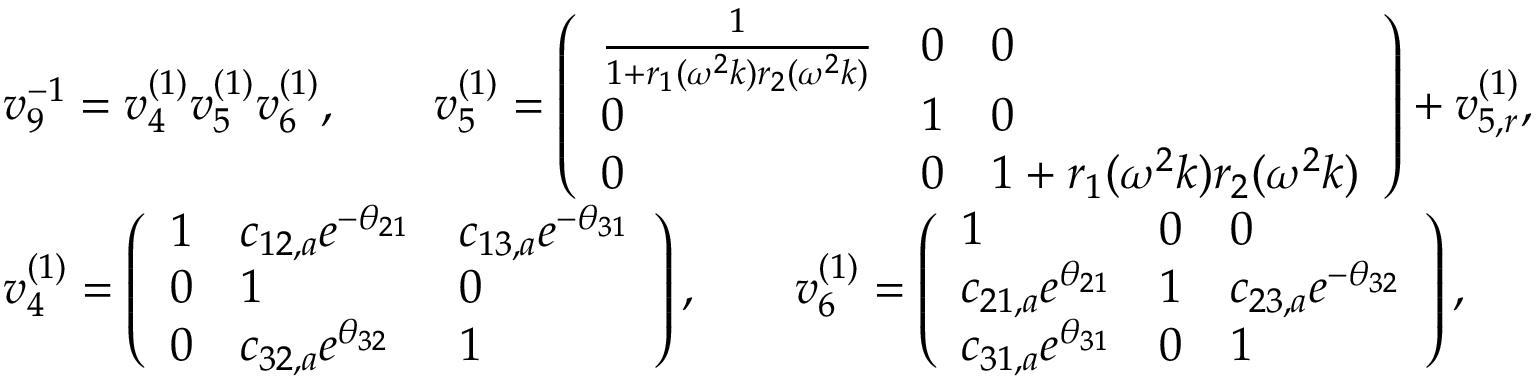
\begin{array} { r l } & { v _ { 9 } ^ { - 1 } = v _ { 4 } ^ { ( 1 ) } v _ { 5 } ^ { ( 1 ) } v _ { 6 } ^ { ( 1 ) } , \qquad v _ { 5 } ^ { ( 1 ) } = \left( \begin{array} { l l l } { \frac { 1 } { 1 + r _ { 1 } ( \omega ^ { 2 } k ) r _ { 2 } ( \omega ^ { 2 } k ) } } & { 0 } & { 0 } \\ { 0 } & { 1 } & { 0 } \\ { 0 } & { 0 } & { 1 + r _ { 1 } ( \omega ^ { 2 } k ) r _ { 2 } ( \omega ^ { 2 } k ) } \end{array} \right) + v _ { 5 , r } ^ { ( 1 ) } , } \\ & { v _ { 4 } ^ { ( 1 ) } = \left( \begin{array} { l l l } { 1 } & { c _ { 1 2 , a } e ^ { - \theta _ { 2 1 } } } & { c _ { 1 3 , a } e ^ { - \theta _ { 3 1 } } } \\ { 0 } & { 1 } & { 0 } \\ { 0 } & { c _ { 3 2 , a } e ^ { \theta _ { 3 2 } } } & { 1 } \end{array} \right) , \qquad v _ { 6 } ^ { ( 1 ) } = \left( \begin{array} { l l l } { 1 } & { 0 } & { 0 } \\ { c _ { 2 1 , a } e ^ { \theta _ { 2 1 } } } & { 1 } & { c _ { 2 3 , a } e ^ { - \theta _ { 3 2 } } } \\ { c _ { 3 1 , a } e ^ { \theta _ { 3 1 } } } & { 0 } & { 1 } \end{array} \right) , } \end{array}